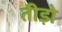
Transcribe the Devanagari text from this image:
तीड़ो